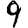
Digit: 9